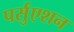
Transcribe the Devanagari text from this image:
पर्सुएशन